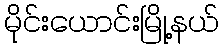
မိုင်းယောင်းမြို့နယ်